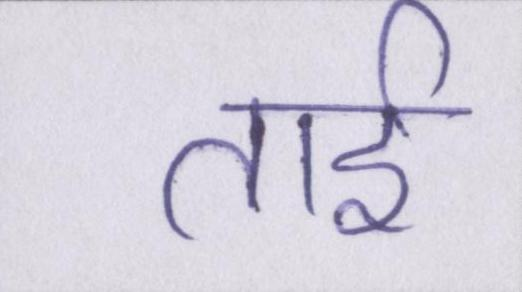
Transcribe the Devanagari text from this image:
ताई